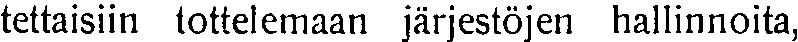
tettaisiin tottelemaan järjestöjen hallinnoita,